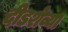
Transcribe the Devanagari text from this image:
दीडशेव्या